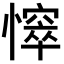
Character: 𢢒